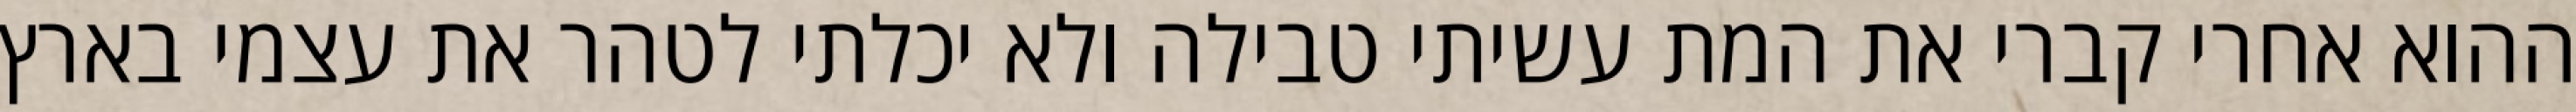
ההוא אחרי קברי את המת עשיתי טבילה ולא יכלתי לטהר את עצמי בארץ